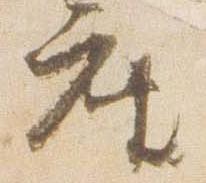
座